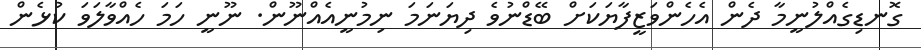
ގޮނޑިގެއްލުނީމާ ދެން އެހެންވަޒީފާޔަކަށް ބޭޑްނުވެ ދިޔަނަމަ ނިމުނީއެއްނޫން. ނޫނީ ހަމަ ހެއްވާލަވަ ކުޅެން